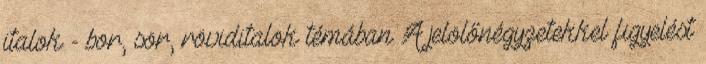
italok - bor, sör, röviditalok témában A jelölőnégyzetekkel figyelést